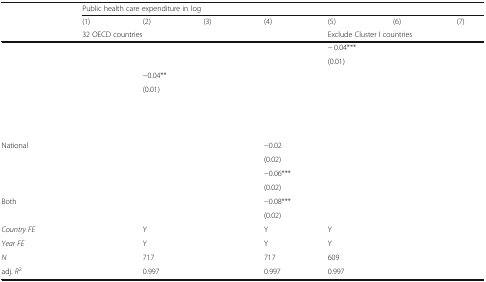
<table><thead><tr><td>[EMPTY_CELL]</td><td colspan="7"><b>Public health care expenditure in log</b></td></tr><tr><td>[EMPTY_CELL]</td><td><b>(1)</b></td><td><b>(2)</b></td><td><b>(3)</b></td><td><b>(4)</b></td><td><b>(5)</b></td><td><b>(6)</b></td><td><b>(7)</b></td></tr><tr><td>[EMPTY_CELL]</td><td colspan="4"><b>32 OECD countries</b></td><td colspan="3"><b>Exclude Cluster I countries</b></td></tr></thead><tbody><tr><td>[EMPTY_CELL]</td><td>[EMPTY_CELL]</td><td>[EMPTY_CELL]</td><td>[EMPTY_CELL]</td><td>[EMPTY_CELL]</td><td>− 0.04***</td><td>[EMPTY_CELL]</td><td>[EMPTY_CELL]</td></tr><tr><td>[EMPTY_CELL]</td><td>[EMPTY_CELL]</td><td>[EMPTY_CELL]</td><td>[EMPTY_CELL]</td><td>[EMPTY_CELL]</td><td>(0.01)</td><td>[EMPTY_CELL]</td><td>[EMPTY_CELL]</td></tr><tr><td>[EMPTY_CELL]</td><td>[EMPTY_CELL]</td><td>−0.04**</td><td>[EMPTY_CELL]</td><td>[EMPTY_CELL]</td><td>[EMPTY_CELL]</td><td>[EMPTY_CELL]</td><td>[EMPTY_CELL]</td></tr><tr><td>[EMPTY_CELL]</td><td>[EMPTY_CELL]</td><td>(0.01)</td><td>[EMPTY_CELL]</td><td>[EMPTY_CELL]</td><td>[EMPTY_CELL]</td><td>[EMPTY_CELL]</td><td>[EMPTY_CELL]</td></tr><tr><td>[EMPTY_CELL]</td><td>[EMPTY_CELL]</td><td>[EMPTY_CELL]</td><td>[EMPTY_CELL]</td><td>[EMPTY_CELL]</td><td>[EMPTY_CELL]</td><td>[EMPTY_CELL]</td><td>[EMPTY_CELL]</td></tr><tr><td>[EMPTY_CELL]</td><td>[EMPTY_CELL]</td><td>[EMPTY_CELL]</td><td>[EMPTY_CELL]</td><td>[EMPTY_CELL]</td><td>[EMPTY_CELL]</td><td>[EMPTY_CELL]</td><td>[EMPTY_CELL]</td></tr><tr><td colspan="3">[EMPTY_CELL]</td><td>[EMPTY_CELL]</td><td>[EMPTY_CELL]</td><td>[EMPTY_CELL]</td><td>[EMPTY_CELL]</td><td>[EMPTY_CELL]</td></tr><tr><td>National</td><td>[EMPTY_CELL]</td><td>[EMPTY_CELL]</td><td>[EMPTY_CELL]</td><td>−0.02</td><td>[EMPTY_CELL]</td><td>[EMPTY_CELL]</td><td>[EMPTY_CELL]</td></tr><tr><td>[EMPTY_CELL]</td><td>[EMPTY_CELL]</td><td>[EMPTY_CELL]</td><td>[EMPTY_CELL]</td><td>(0.02)</td><td>[EMPTY_CELL]</td><td>[EMPTY_CELL]</td><td>[EMPTY_CELL]</td></tr><tr><td>[EMPTY_CELL]</td><td>[EMPTY_CELL]</td><td>[EMPTY_CELL]</td><td>[EMPTY_CELL]</td><td>−0.06***</td><td>[EMPTY_CELL]</td><td>[EMPTY_CELL]</td><td>[EMPTY_CELL]</td></tr><tr><td>[EMPTY_CELL]</td><td>[EMPTY_CELL]</td><td>[EMPTY_CELL]</td><td>[EMPTY_CELL]</td><td>(0.02)</td><td>[EMPTY_CELL]</td><td>[EMPTY_CELL]</td><td>[EMPTY_CELL]</td></tr><tr><td>Both</td><td>[EMPTY_CELL]</td><td>[EMPTY_CELL]</td><td>[EMPTY_CELL]</td><td>−0.08***</td><td>[EMPTY_CELL]</td><td>[EMPTY_CELL]</td><td>[EMPTY_CELL]</td></tr><tr><td>[EMPTY_CELL]</td><td>[EMPTY_CELL]</td><td>[EMPTY_CELL]</td><td>[EMPTY_CELL]</td><td>(0.02)</td><td>[EMPTY_CELL]</td><td>[EMPTY_CELL]</td><td>[EMPTY_CELL]</td></tr><tr><td><i>Country FE</i></td><td>[EMPTY_CELL]</td><td>Y</td><td>[EMPTY_CELL]</td><td>Y</td><td>Y</td><td>[EMPTY_CELL]</td><td>[EMPTY_CELL]</td></tr><tr><td><i>Year FE</i></td><td>[EMPTY_CELL]</td><td>Y</td><td>[EMPTY_CELL]</td><td>Y</td><td>Y</td><td>[EMPTY_CELL]</td><td>[EMPTY_CELL]</td></tr><tr><td><i>N</i></td><td>[EMPTY_CELL]</td><td>717</td><td>[EMPTY_CELL]</td><td>717</td><td>609</td><td>[EMPTY_CELL]</td><td>[EMPTY_CELL]</td></tr><tr><td>adj. <i>R</i><sup>2</sup></td><td>[EMPTY_CELL]</td><td>0.997</td><td>[EMPTY_CELL]</td><td>0.997</td><td>0.997</td><td>[EMPTY_CELL]</td><td>[EMPTY_CELL]</td></tr></tbody></table>